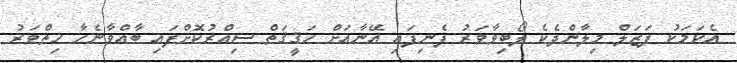
އެކަމަކު ފަޒަލް މިލާންދެކެ ލޯބިވާވަރު ފެނިފައި އޭނާއަށް ހަޤީޤަތް ސިއްރުކޮށްފައި ބާއްވާނެހާ ހިތްވަރު